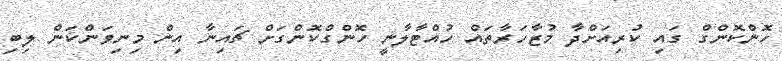
ހޮންކޮންގް ގައި ކުރިއަށްދާ މުޒާހަރާތައް ހުއްޓާލާނީ ހޮންގްކޮންގަށް ޗައިނާ އިން މިނިވަންކަން ލިބި